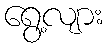
ရွေ့လျား